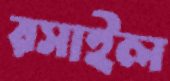
রসাইল